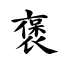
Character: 褒